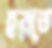
হরতে